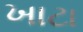
ખાટા